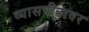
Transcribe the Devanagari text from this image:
व्‍यासपीठावर